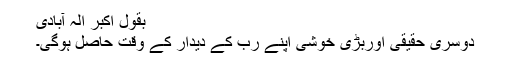
بقول اکبر الہ آبادی
دوسری حقیقی اوربڑی خوشی اپنے رب کے دیدار کے وقت حاصل ہوگی۔